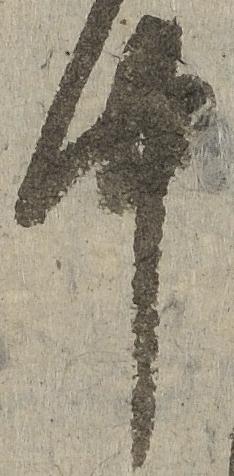
中